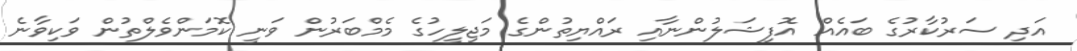
އަދި ސަރުކާރުގެ ބައެއް އޮފިޝަލުންނާއި ރައްޔިތުންގެ މަޖިލީހުގެ މެމްބަރުން ވަނީ ކޮމަންވެލްތުން ވަކިވާނެ